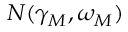
N ( \gamma _ { M } , \omega _ { M } )